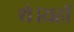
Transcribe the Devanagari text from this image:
थे।यहाँ